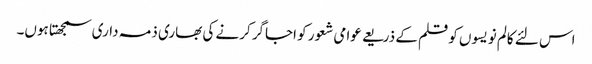
اس لئے کالم نویسوں کو قلم کے ذریعے عوامی شعور کو اجاگر کرنے کی بھاری ذمہ داری سمجھتا ہوں۔